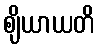
ဈိယာယတိ